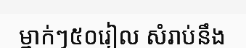
ម្នាក់ៗ៥០រៀល សំរាប់នឹង